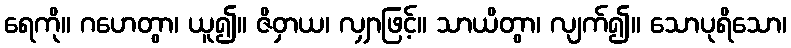
ရေကို။ ဂဟေတွာ၊ ယူ၍။ ဇိဝှာယ၊ လျှာဖြင့်။ သာယိတွာ၊ လျက်၍။ သောပုရိသော၊